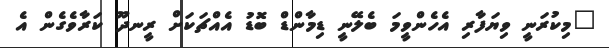
"މިކުރަނީ ވިޔަފާރި އެހެންވީމަ ބެލޭނީ ޑިމާންޑް ބޮޑު އެއްޗަކަށް ރީނދޫ ކަރާވެގެން އެ